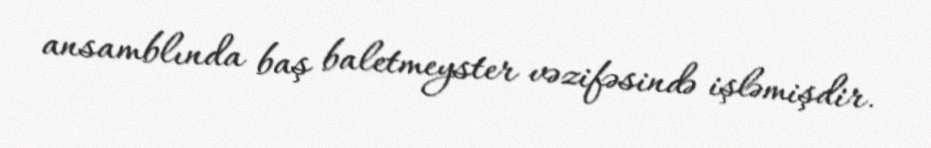
ansamblında baş baletmeyster vəzifəsində işləmişdir.